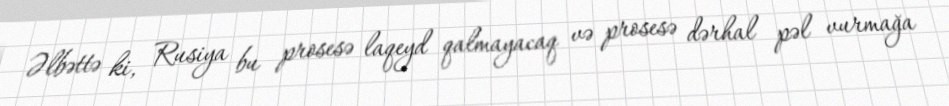
Əlbəttə ki, Rusiya bu prosesə laqeyd qalmayacaq və prosesə dərhal pəl vurmağa